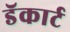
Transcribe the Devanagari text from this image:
डॅकार्ट